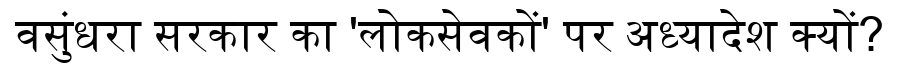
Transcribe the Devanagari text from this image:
वसुंधरा सरकार का 'लोकसेवकों' पर अध्यादेश क्यों?